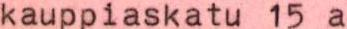
kauppiaskatu 15 a